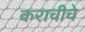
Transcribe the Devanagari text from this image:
कराचीचे